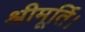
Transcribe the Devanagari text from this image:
श्रीमूर्ति।